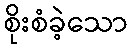
စိုးစံခဲ့သော